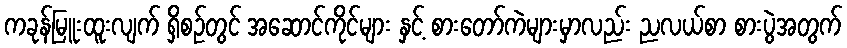
ကခုန်မြူးထူးလျက် ရှိစဉ်တွင် အဆောင်ကိုင်များ နှင့် စားတော်ကဲများမှာလည်း ညလယ်စာ စားပွဲအတွက်